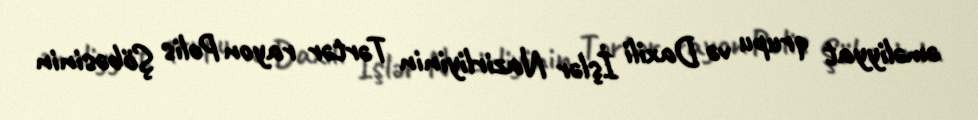
əməliyyat qrupu və Daxili İşlər Nazirliyinin Tərtər rayon Polis Şöbəsinin